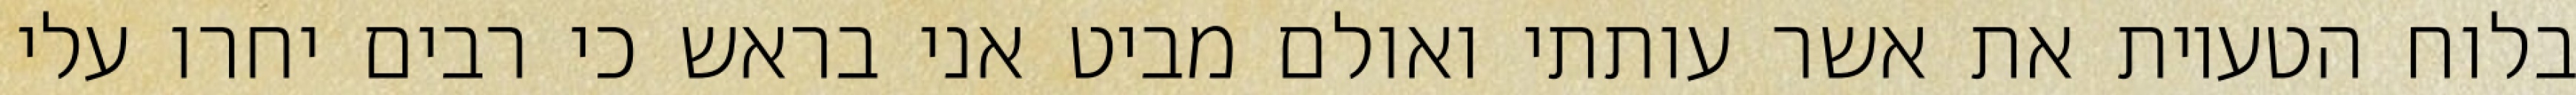
בלוח הטעיות את אשר עותתי ואולם מביט אני בראש כי רבים יחרו עלי